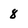
Character: 8